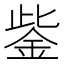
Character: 鈭